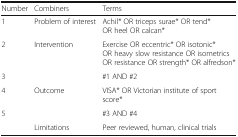
| Number | Combiners | Terms |
 | --- | --- | --- |
 | 1 | Problem of interest | Achil* OR triceps surae* OR tend* OR heel OR calcan* |
 | 2 | Intervention | Exercise OR eccentric* OR isotonic* OR heavy slow resistance OR isometrics OR resistance OR strength* OR alfredson* |
 | 3 |  | #1 AND #2 |
 | 4 | Outcome | VISA* OR Victorian institute of sport score* |
 | 5 |  | #3 AND #4 |
 |  | Limitations | Peer reviewed, human, clinical trials |